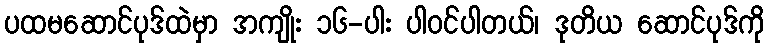
ပထမဆောင်ပုဒ်ထဲမှာ အကျိုး ၁၆-ပါး ပါဝင်ပါတယ်၊ ဒုတိယ ဆောင်ပုဒ်ကို